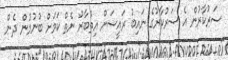
ސަރުކާރުން އެ ސަރުކާރުގެ ނައިބު ރައީސަށް އިތުބާރު ނެތް ކަމަށް ބުނުމުން ދެން